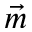
\vec { m }